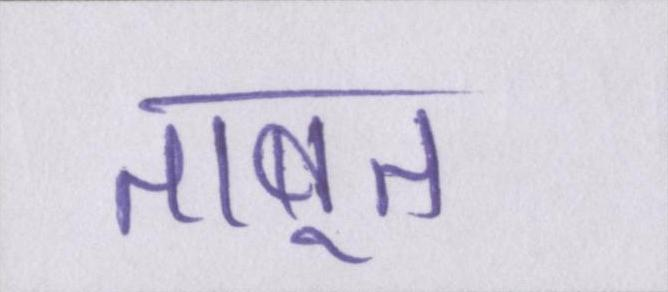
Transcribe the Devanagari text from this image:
ताबूत